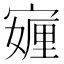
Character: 𭔖